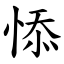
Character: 悿